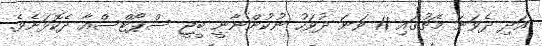
އަދި ދެވަނަ މެޗުގައި 11 ވަނަ ދުވަހު ނުކުންނާނީ ބީޖީ ސްޕޯޓްސްއާ ދެކޮޅަށެވެ.